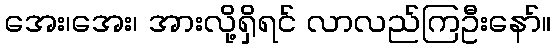
အေး၊အေး၊ အားလို့ရှိရင် လာလည်ကြဦးနော်။